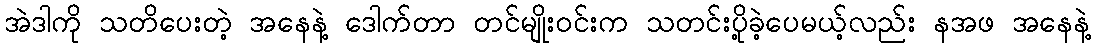
အဲဒါကို သတိပေးတဲ့ အနေနဲ့ ဒေါက်တာ တင်မျိုးဝင်းက သတင်းပို့ခဲ့ပေမယ့်လည်း နအဖ အနေနဲ့